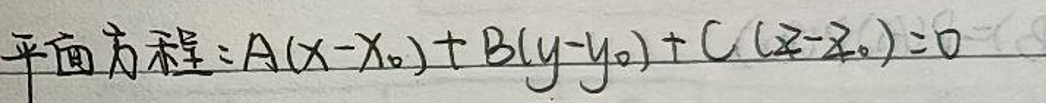
平面方程:$A(x - x_0)+B(y - y_0)+C(z - z_0)=0$